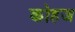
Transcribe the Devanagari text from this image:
कोहज